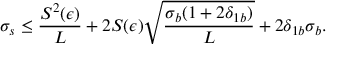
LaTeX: \sigma _ { s } \le \displaystyle \frac { S ^ { 2 } ( \epsilon ) } { L } + 2 S ( \epsilon ) \displaystyle \sqrt { \frac { \sigma _ { b } ( 1 + 2 \delta _ { 1 b } ) } { L } } + 2 \delta _ { 1 b } \sigma _ { b } .